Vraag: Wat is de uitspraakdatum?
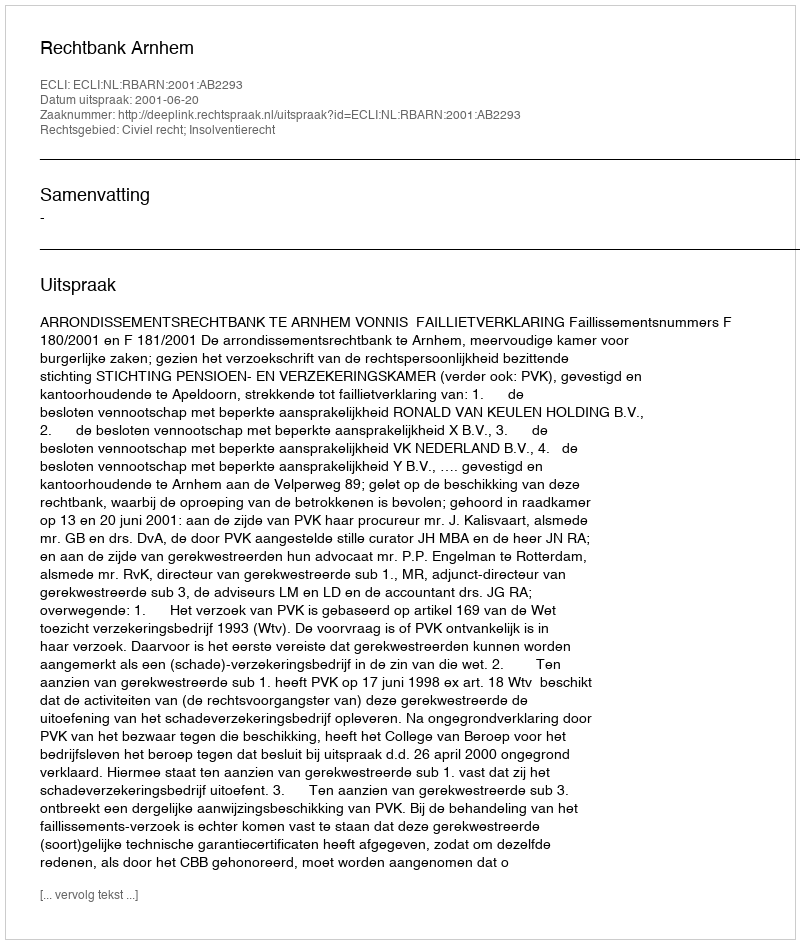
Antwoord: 2001-06-20